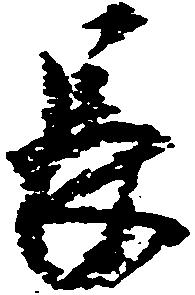
長